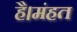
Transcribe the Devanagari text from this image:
है।मंहत